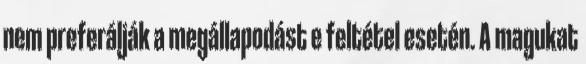
nem preferálják a megállapodást e feltétel esetén. A magukat